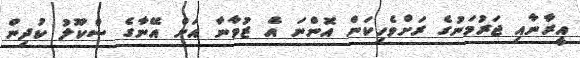
އީރާނާއި ޖަރުމަނުގެ ރަށްވެހިކަން އޮންނަ އެ ޒުވާނާ އަށް އޭނާގެ ސްކޫލު ކުދިން